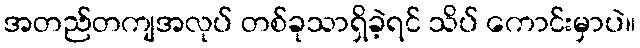
အတည်တကျအလုပ် တစ်ခုသာရှိခဲ့ရင် သိပ် ကောင်းမှာပဲ။